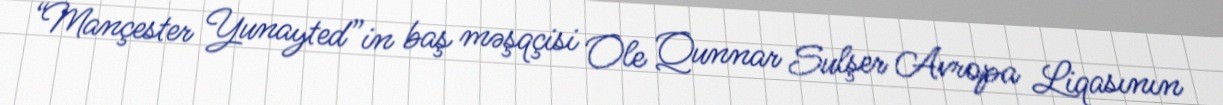
“Mançester Yunayted”in baş məşqçisi Ole Qunnar Sulşer Avropa Liqasının